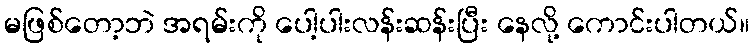
မဖြစ်တော့ဘဲ အရမ်းကို ပေါ့ပါးလန်းဆန်းပြီး နေလို့ ကောင်းပါတယ်။